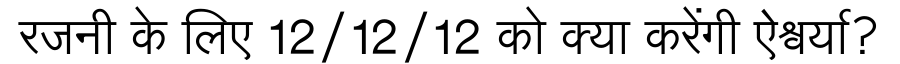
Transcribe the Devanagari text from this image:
रजनी के लिए 12/12/12 को क्या करेंगी ऐश्वर्या?